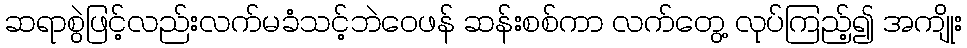
ဆရာစွဲဖြင့်လည်းလက်မခံသင့်ဘဲဝေဖန် ဆန်းစစ်ကာ လက်တွေ့ လုပ်ကြည့်၍ အကျိုး